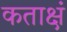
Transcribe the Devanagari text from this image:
कताक्षं